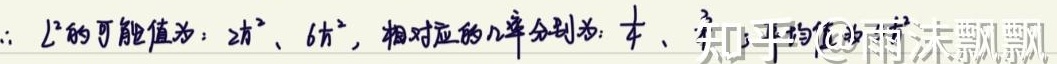
$L^{2}$的可能值为：\(2\hbar^{2}\)、\(6\hbar^{2}\)，相对应的几率分别为：\(\frac{1}{4}\)、\(\frac{3}{4}\)。